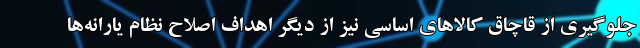
جلوگیری از قاچاق کالاهای اساسی نیز از دیگر اهداف اصلاح نظام یارانه‌ها